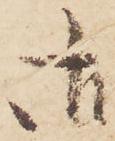
御